Leaving Certificate Examination (including Day School Certificate (Higher) General paper), 1936
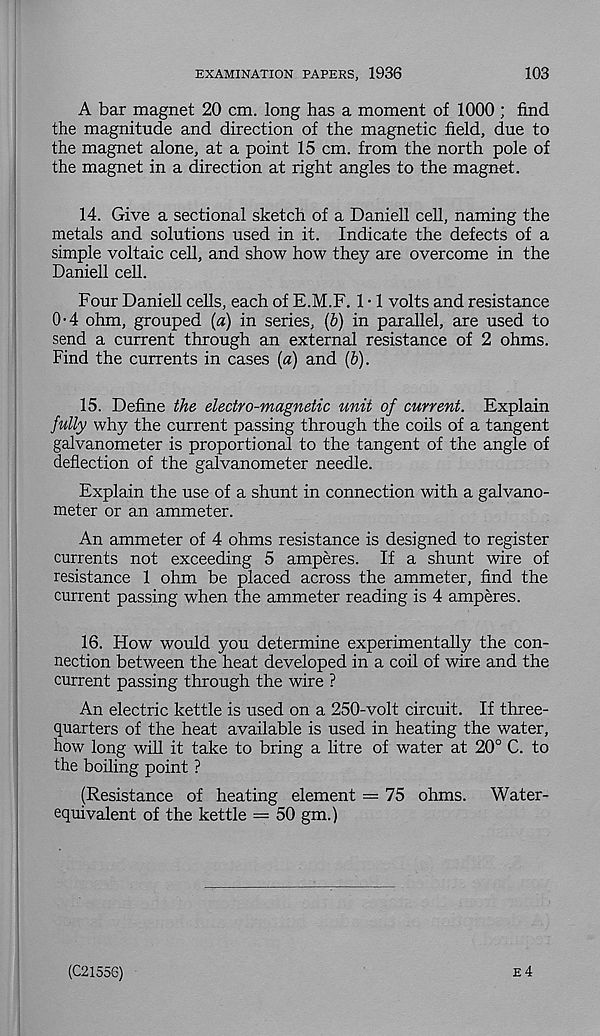
EXAMINATION PAPERS, 1936
103
A bar magnet 20 cm. long has a moment of 1000 ; find
the magnitude and direction of the magnetic field, due to
the magnet alone, at a point 15 cm. from the north pole of
the magnet in a direction at right angles to the magnet.
14. Give a sectional sketch of a Daniell cell, naming the
metals and solutions used in it. Indicate the defects of a
simple voltaic cell, and show how they are overcome in the
Daniell cell.
Four Daniell cells, each of E.M.F. 1 • 1 volts and resistance
0-4 ohm, grouped (a) in series, (b) in parallel, are used to
send a current through an external resistance of 2 ohms.
Find the currents in cases (a) and (b).
15. Define the electro-magnetic unit of current. Explain
fully why the current passing through the coils of a tangent
galvanometer is proportional to the tangent of the angle of
deflection of the galvanometer needle.
Explain the use of a shunt in connection with a galvano-
meter or an ammeter.
An ammeter of 4 ohms resistance is designed to register
currents not exceeding 5 amperes. If a shunt wire of
resistance 1 ohm be placed across the ammeter, find the
current passing when the ammeter reading is 4 amperes.
16. How would you determine experimentally the con-
nection between the heat developed in a coil of wire and the
current passing through the wire ?
An electric kettle is used on a 250-volt circuit. If three-
quarters of the heat available is used in heating the water,
how long will it take to bring a litre of water at 20° C. to
the boiling point ?
(Resistance of heating element = 75 ohms.
Water-
equivalent of the kettle = 50 gm.)
(C2155G)
e4